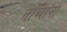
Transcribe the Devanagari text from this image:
तांब्यांना